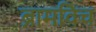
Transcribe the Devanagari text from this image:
ब्रामविच